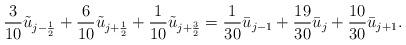
LaTeX: \begin{align*} \frac{3}{10}\tilde{u}_{j-\frac{1}{2}}+\frac{6}{10}\tilde{u}_{j+\frac{1}{2}}+\frac{1}{10}\tilde{u}_{j+\frac{3}{2}}=\frac{1}{30}\bar{u}_{j-1}+\frac{19}{30}\bar{u}_{j}+\frac{10}{30}\bar{u}_{j+1}.\end{align*}